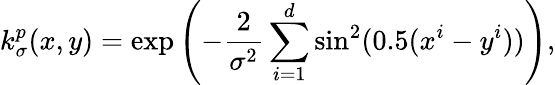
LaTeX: k_{\sigma}^{p}(x,y)=\exp\left(-\frac{2}{\sigma^{2}}\sum_{i=1}^{d}\sin^{2}(0.5(x^{i}-y^{i}))\right),